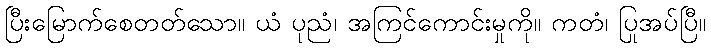
ပြီးမြောက်စေတတ်သော။ ယံ ပုညံ၊ အကြင်ကောင်းမှုကို။ ကတံ၊ ပြုအပ်ပြီ။